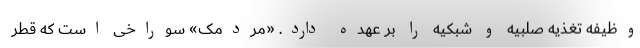
وظیفه تغذیه صلبیه و شبکیه را بر عهده دارد. «مردمک» سوراخی است که قطر